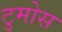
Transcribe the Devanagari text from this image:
टुमोस